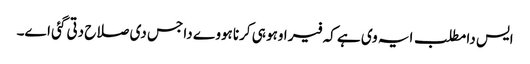
ایس دا مطلب ایہ وی ہے کہ فیر اوہو ہی کرنا ہووے دا جس دی صلاح دتی گئی اے۔